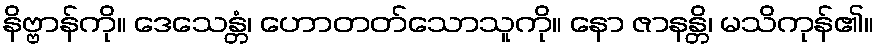
နိဗ္ဗာန်ကို။ ဒေသေန္တံ၊ ဟောတတ်သောသူကို။ နော ဇာနန္တိ၊ မသိကုန်၏။